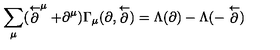
\sum _ { \mu } ( \stackrel { \leftarrow } { \partial } ^ { \mu } + \partial ^ { \mu } ) \Gamma _ { \mu } ( \partial , \stackrel { \leftarrow } { \partial } ) = \Lambda ( \partial ) - \Lambda ( - \stackrel { \leftarrow } { \partial } )